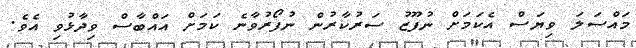
މައްސަލަ ވިޔަސް އެކަމަށް ނުފޫޒު ސަރުކާރުން ނުފޯރުވާނެ ކަމަށް އައްބާސް ވިދާޅުވި އެވެ.